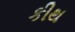
કીથ